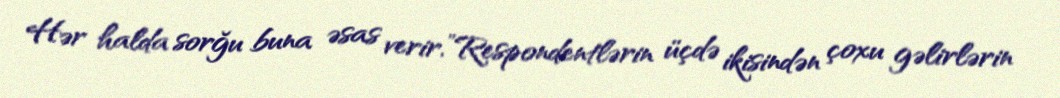
Hər halda sorğu buna əsas verir.”Respondentlərin üçdə ikisindən çoxu gəlirlərin